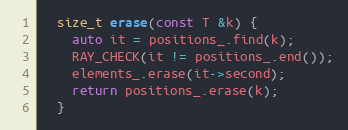
Language: C
  size_t erase(const T &k) {
    auto it = positions_.find(k);
    RAY_CHECK(it != positions_.end());
    elements_.erase(it->second);
    return positions_.erase(k);
  }